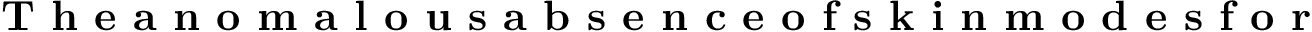
\textbf { T h e a n o m a l o u s a b s e n c e o f s k i n m o d e s f o r }